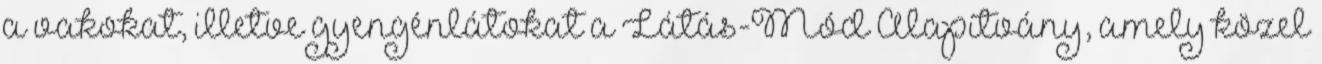
a vakokat, illetve gyengénlátokat a Látás-Mód Alapítvány, amely közel